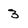
Character: 3